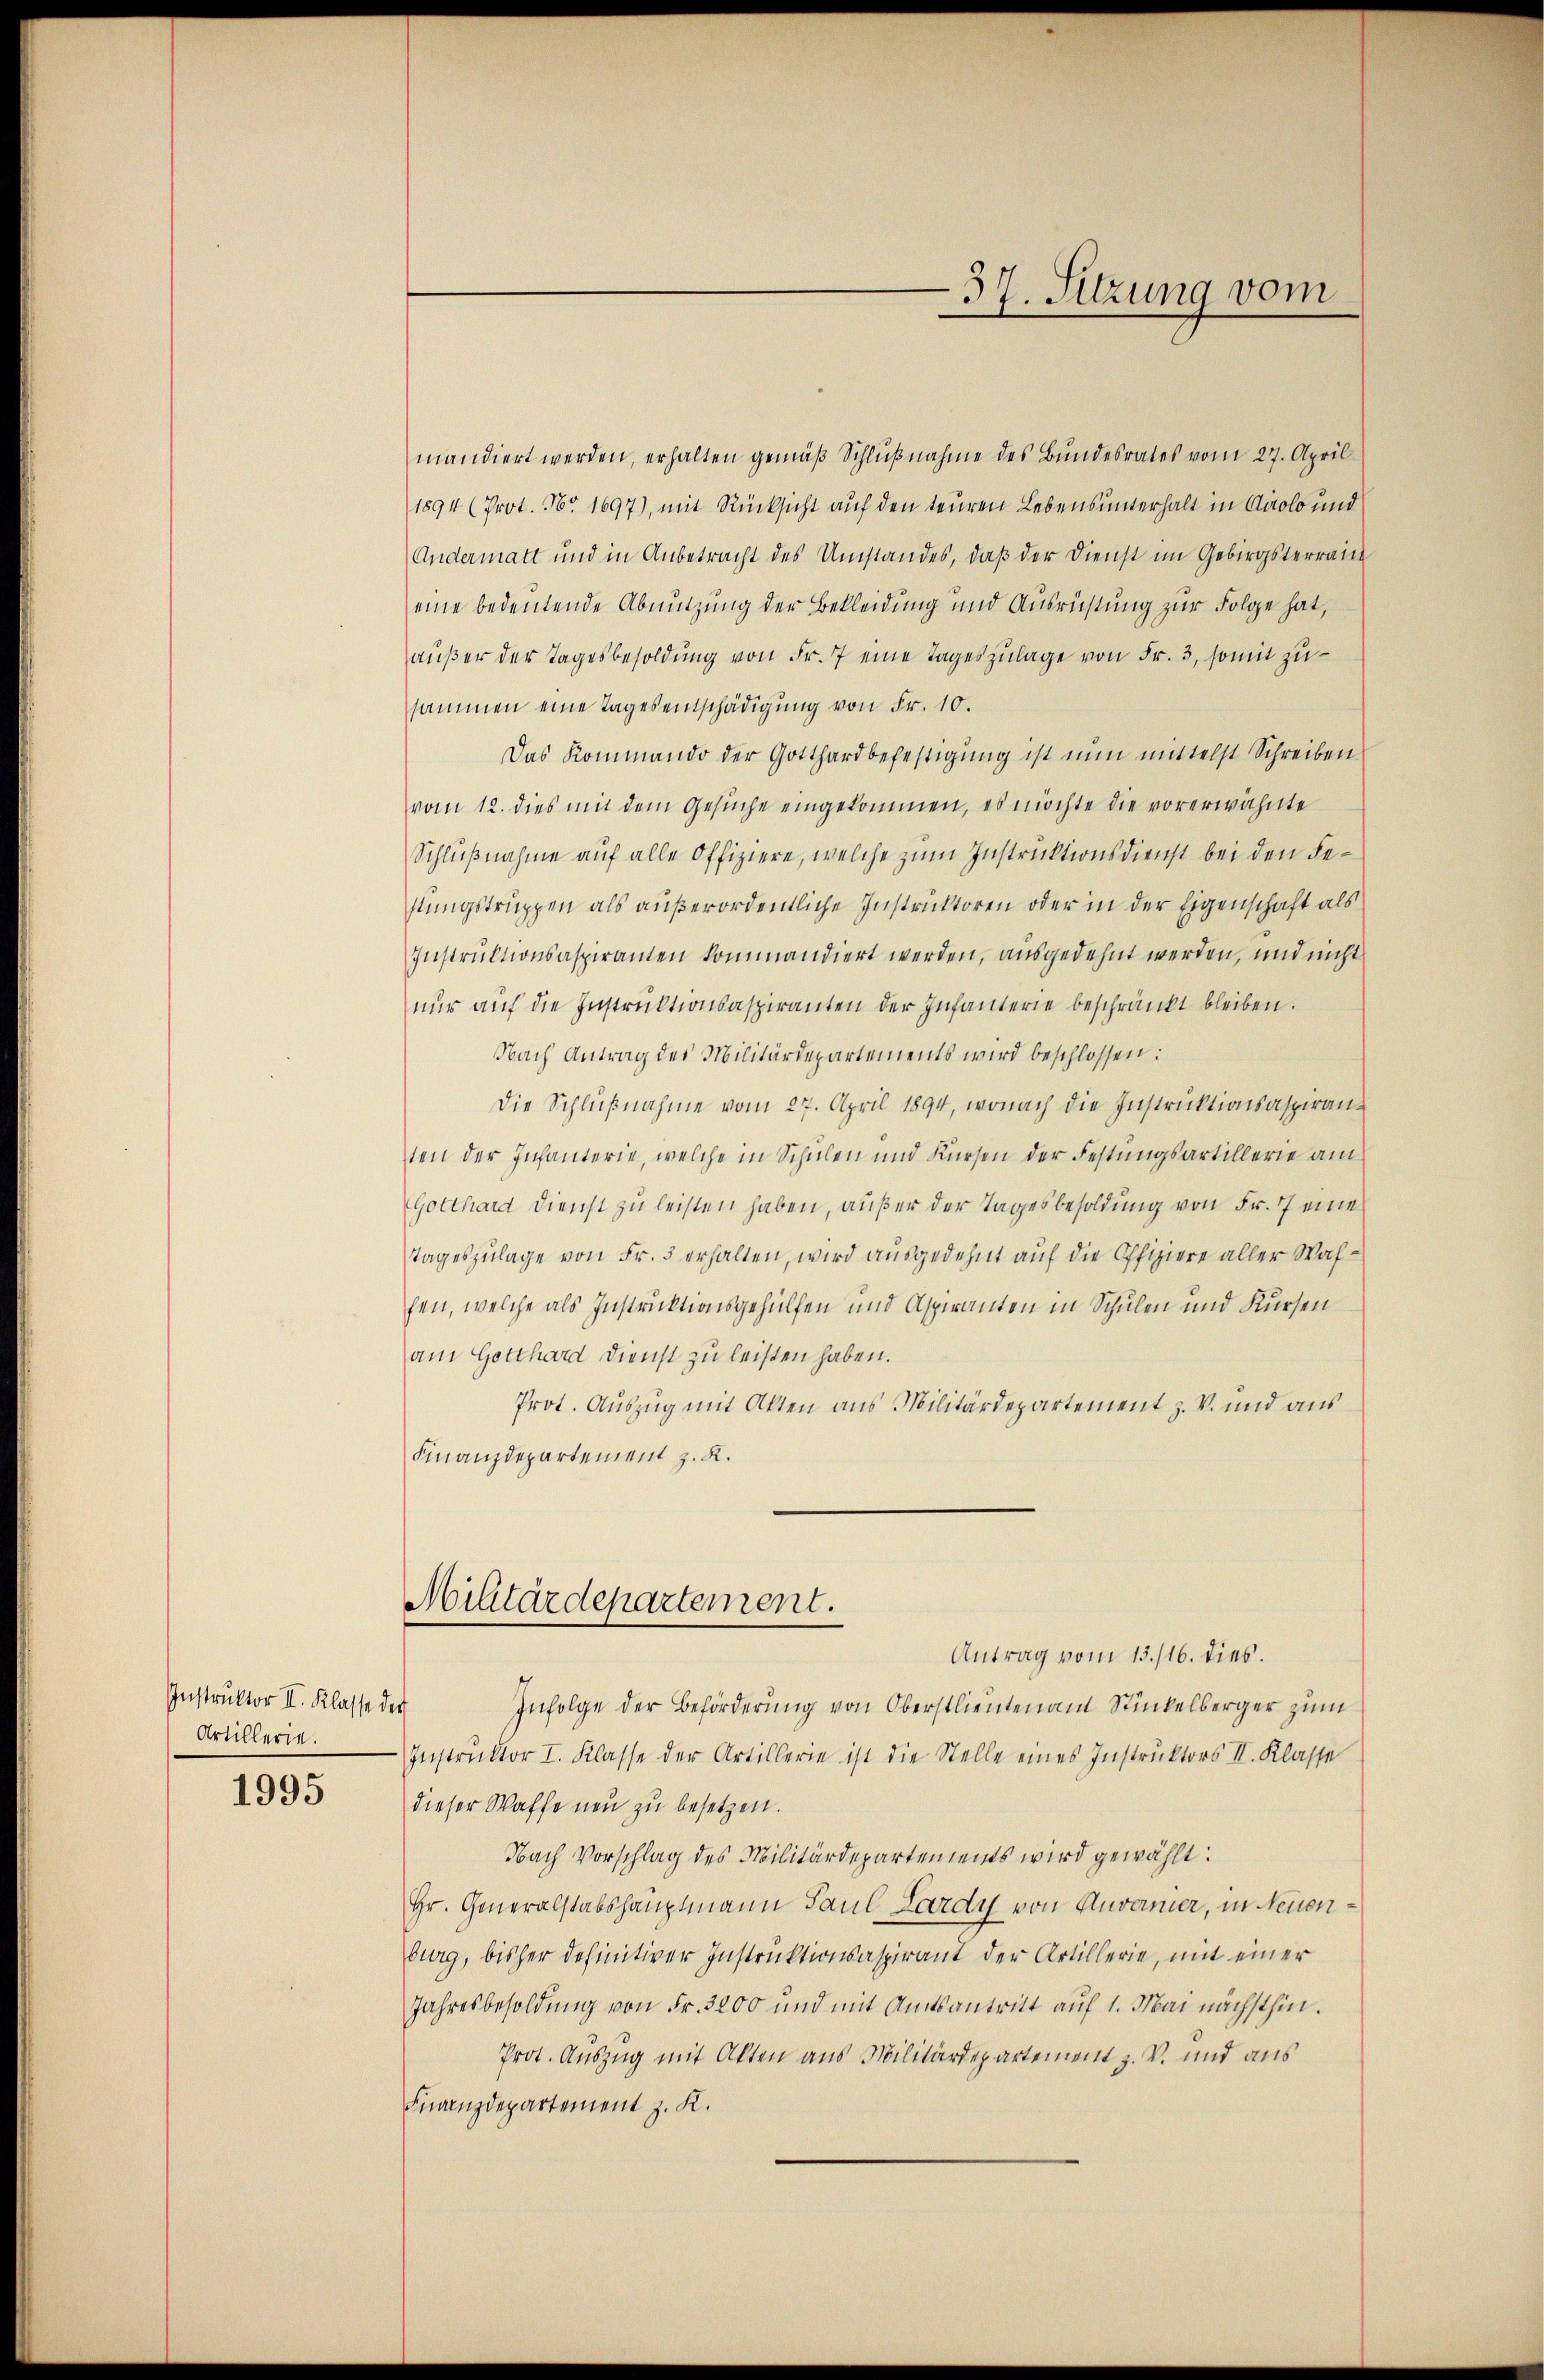
Instruktor II. Klasse der
Artillerie.

1995

mandiert werden, erhalten gemäß Schlußnahme des Bundesrates vom 27. April
1894 (Prot. Nr. 1697), mit Rücksicht auf den teuren Lebensunterhalt in Airolo und
Andermatt und in Anbetracht des Umstandes, daß der Dienst im Gebirgsterrain
eine bedeutende Abnutzung der Bekleidung und Ausrüstung zur Folge hat,
außer der Tagesbesoldung von Fr. 7 eine Tageszulage von Fr. 3, somit zusammen eine Tagesentschädigung von Fr. 10.
Das Kommando der Gotthardbefestigung ist nun mittelst Schreiben
vom 12. dies mit dem Gesŭche eingekommen, es möchte die vorerwähnte
Schlußnahme auf alle Offiziere, welche zum Instruktionsdienst bei den Festungstruppen als außerordentliche Instruktoren oder in der Eigenschaft als
Instruktionsaspiranten kommandiert werden, ausgedehnt werden, und nicht
nur auf die Instruktionsaspiranten der Infanterie beschränkt bleiben.
Nach Antrag des Militärdepartements wird beschlossen:
Die Schlußnahme vom 27. April 1894, wonach die Instruktionsaspiranten der Infanterie, welche in Schulen und Kürsen der Festungsartillerie am
Gotthard Dienst zu leisten haben, außer der Tagesbesoldung von Fr. 7 eine
tageszulage von Fr. 5 erhalten, wird ausgedehnt auf die Offiziere aller Wafhen, welche als Instruktionsgehülfen und Aspiranten in Schulen und Kursen
am Gotthard Dienst zu leisten haben.
Prot. Auszug mit Akten aus Militärdepartement z. V. und aus
Finanzdepartement z. R.

Militärdepartement.

Antrag vom 13./16. dies.
Infolge der Beförderung von Oberstlieuten am Stückelberger zum
Instruktor I. Klasse der Artillerie ist die Stelle eines Instruktors II. Klasse
dieser Waffe neu zu besetzen.
Nach Vorschlag des Militärdepartements wird gewählt:
Hr. Generalstabshauptmann Paul Lardy von Anvermier, in Neuenburg, bisher definitiver Instruktionsaspirant der Artillerie, mit einer
Jahresbesoldŭng von Fr. 3200 und mit Amtsantritt aŭf 1. Mai nächsthin.
Prot. Auszug mit Akten aus Militärdepartement z. V. und aus
Fnanzdepartement z. K.

37. Sitzung vom